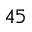
4 5